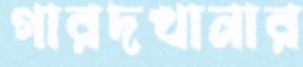
গারদখানার